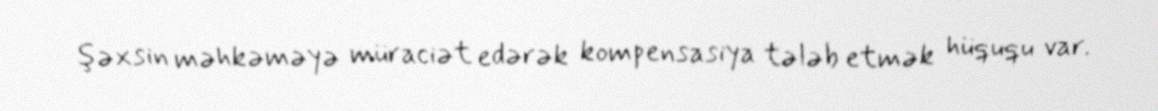
şəxsin məhkəməyə müraciət edərək kompensasiya tələb etmək hüququ var.